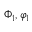
\Phi _ { 1 } , \varphi _ { 1 }